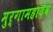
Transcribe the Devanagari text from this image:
मुर्गामहादेव